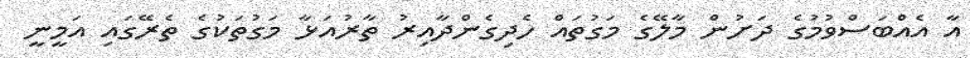
އާ އެއްބަސްވުމުގެ ދަށުން މާލޭގެ މަގުތައް ހެދިގެންދާއިރު ތާރުއަޅާ މަގުތަކުގެ ތެރޭގައި އަމީނީ